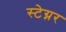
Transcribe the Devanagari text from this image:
स्टेग्नर